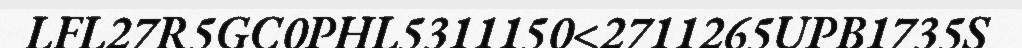
LFL27R5GC0PHL5311150<2711265UPB1735S